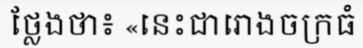
ថ្លែងថា៖ «នេះជារោងចក្រធំ